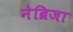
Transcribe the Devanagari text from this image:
नेब्रिजा